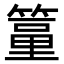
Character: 𥲔